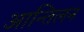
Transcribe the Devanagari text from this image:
आन्तिलन